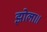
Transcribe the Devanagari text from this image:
झोला॥